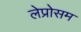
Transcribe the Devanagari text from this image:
लेप्रोसम